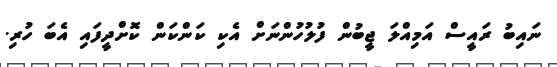
ނައިބު ރައީސް އަމިއްލަ ޖީބުން ފުލުހުންނަށް އެކި ކަންކަން ކޮށްދީފައި އެބަ ހުރި.